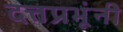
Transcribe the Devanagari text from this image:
दत्तप्रभूंनी